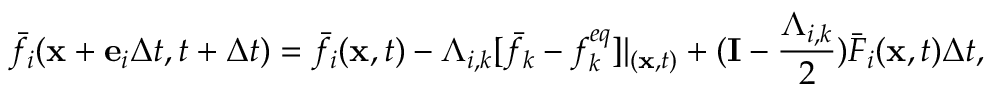
{ \bar { f } _ { i } } ( { \bf { x } } + { { \bf { e } } _ { i } } \Delta t , t + \Delta t ) = { \bar { f } _ { i } } ( { \bf { x } } , t ) - { \Lambda _ { i , k } } [ { \bar { f } _ { k } } - f _ { k } ^ { e q } ] { | _ { ( { \bf { x } } , t ) } } + ( { \bf { I } } - \frac { { { \Lambda _ { i , k } } } } { 2 } ) { \bar { F } _ { i } } ( { \bf { x } } , t ) \Delta t ,